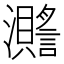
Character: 𤄧